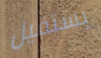
يستقيل